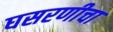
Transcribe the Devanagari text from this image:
घसरणीचा